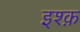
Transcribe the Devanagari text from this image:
इश्‍क़